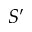
S ^ { \prime }